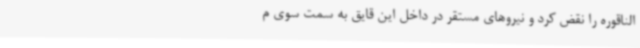
الناقوره را نقض کرد و نیروهای مستقر در داخل این قایق به سمت سوی م